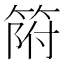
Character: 𱸌